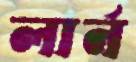
লার্ন